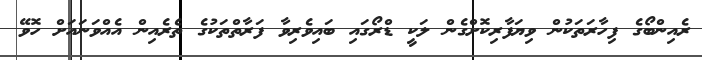
ރެއިންބޯގެ ފިހާރަތަކުން ވިޔަފާރިކޮށްގެން ލަކީ ޑްރޯގައި ބައިވެރިވާ ފަރާތްތަކުގެ ތެރެއިން އެއްވަނައަށް ހޮވޭ